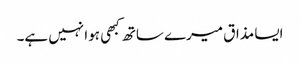
ایسا مذاق میرے ساتھ کبھی ہوا نہیں ہے۔